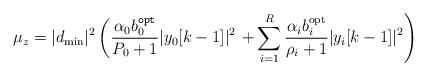
LaTeX: \begin{align*}\mu_z=|d_{\mathrm{min}}|^2 \left( \frac{\alpha_0b_0^{\mathtt{opt}}}{P_0+1} |y_0[k-1]|^2 \right.\left. +\sum \limits_{i=1}^{R}\frac{\alpha_i b_i^{\mathrm{opt}}}{\rho_i+1} |y_i[k-1]|^2\right)\end{align*}